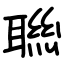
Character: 聮